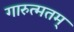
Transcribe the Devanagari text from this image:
गारुत्मतम्